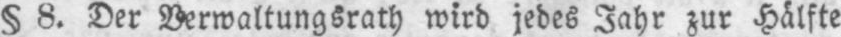
§ 8. Der Verwaltungsrath wird jedes Jahr zur Hälfte